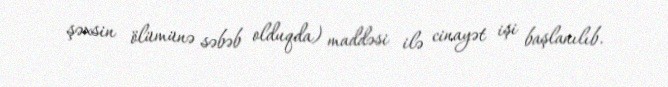
şəxsin ölümünə səbəb olduqda) maddəsi ilə cinayət işi başlanılıb.